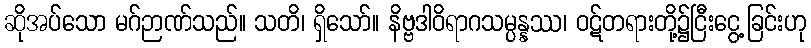
ဆိုအပ်သော မဂ်ဉာဏ်သည်။ သတိ၊ ရှိသော်။ နိဗ္ဗဒါဝိရာဂသမ္ပန္နဿ၊ ဝဋ်တရားတို့၌ငြီးငွေ့ခြင်းဟု